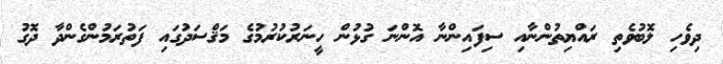
ދިވެހި ލޮބުވެތި ރައްޔިތުންނާއި ސިފައިންނާ އޮންނަ ގުޅުން ހީނަރުކުރުމުގެ މަޤްސަދުގައި ފަތުރަމުންގެންދާ ދޮގު